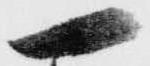
一